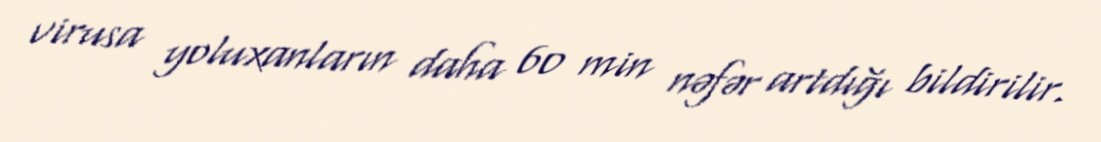
virusa yoluxanların daha 60 min nəfər artdığı bildirilir.